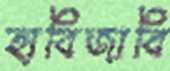
হাবিজাবি